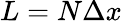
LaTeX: L=N\Delta x